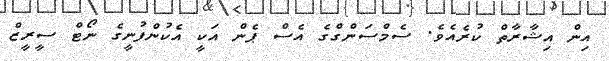
އިން އިޝާރާތް ކުރެއެވެ. ސެމްސަންގްގެ އެސް ޕެން އަކީ އެކުންފުނީގެ ނޯޓް ސީރީޒް